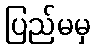
ပြည်မမှ